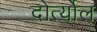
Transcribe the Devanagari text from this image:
दोर्त्योल